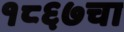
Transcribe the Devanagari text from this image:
१८६७चा